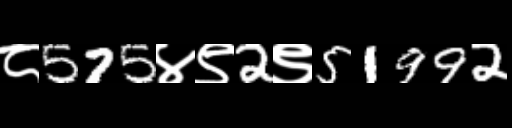
Text: ८575४९2९51992